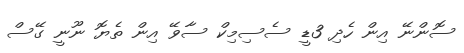
ސޮންނޭ އިން ހެދި 3ޑީ ސެސިމިކް ސާވޭ އިން ތެޔޮ ނޫނީ ގޭސް